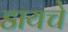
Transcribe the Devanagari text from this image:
डायचे